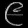
Digit: ၉